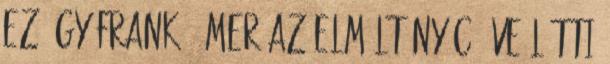
ez így frankó, mer az elmúlt nyóc éve lőtti